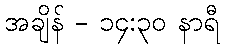
အချိန် - ၁၄:၃၀ နာရီ